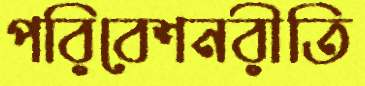
পরিবেশনরীতি